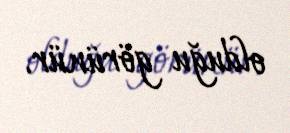
olduğu görünür.